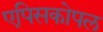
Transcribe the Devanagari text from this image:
एपिसकोपल